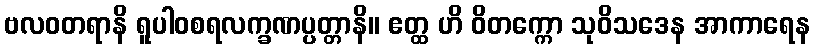
ဗလဝတရာနိ ရူပါဝစရလက္ခဏပ္ပတ္တာနိ။ ဧတ္ထ ဟိ ဝိတက္ကော သုဝိသဒေန အာကာရေန